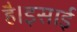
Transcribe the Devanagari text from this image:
है।इसाई